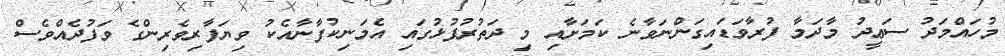
މުހައްމަދު ސަޢީދު މާދަމާ ފުރާވަޑައިގަންނަވާނެ ކަމަށާއި މި ދަތުރުފުޅުގައި އެމަނިކުފާނާއެކު ވިޔަފާރިވެރިންގެ ވަފުދެއްވެސް